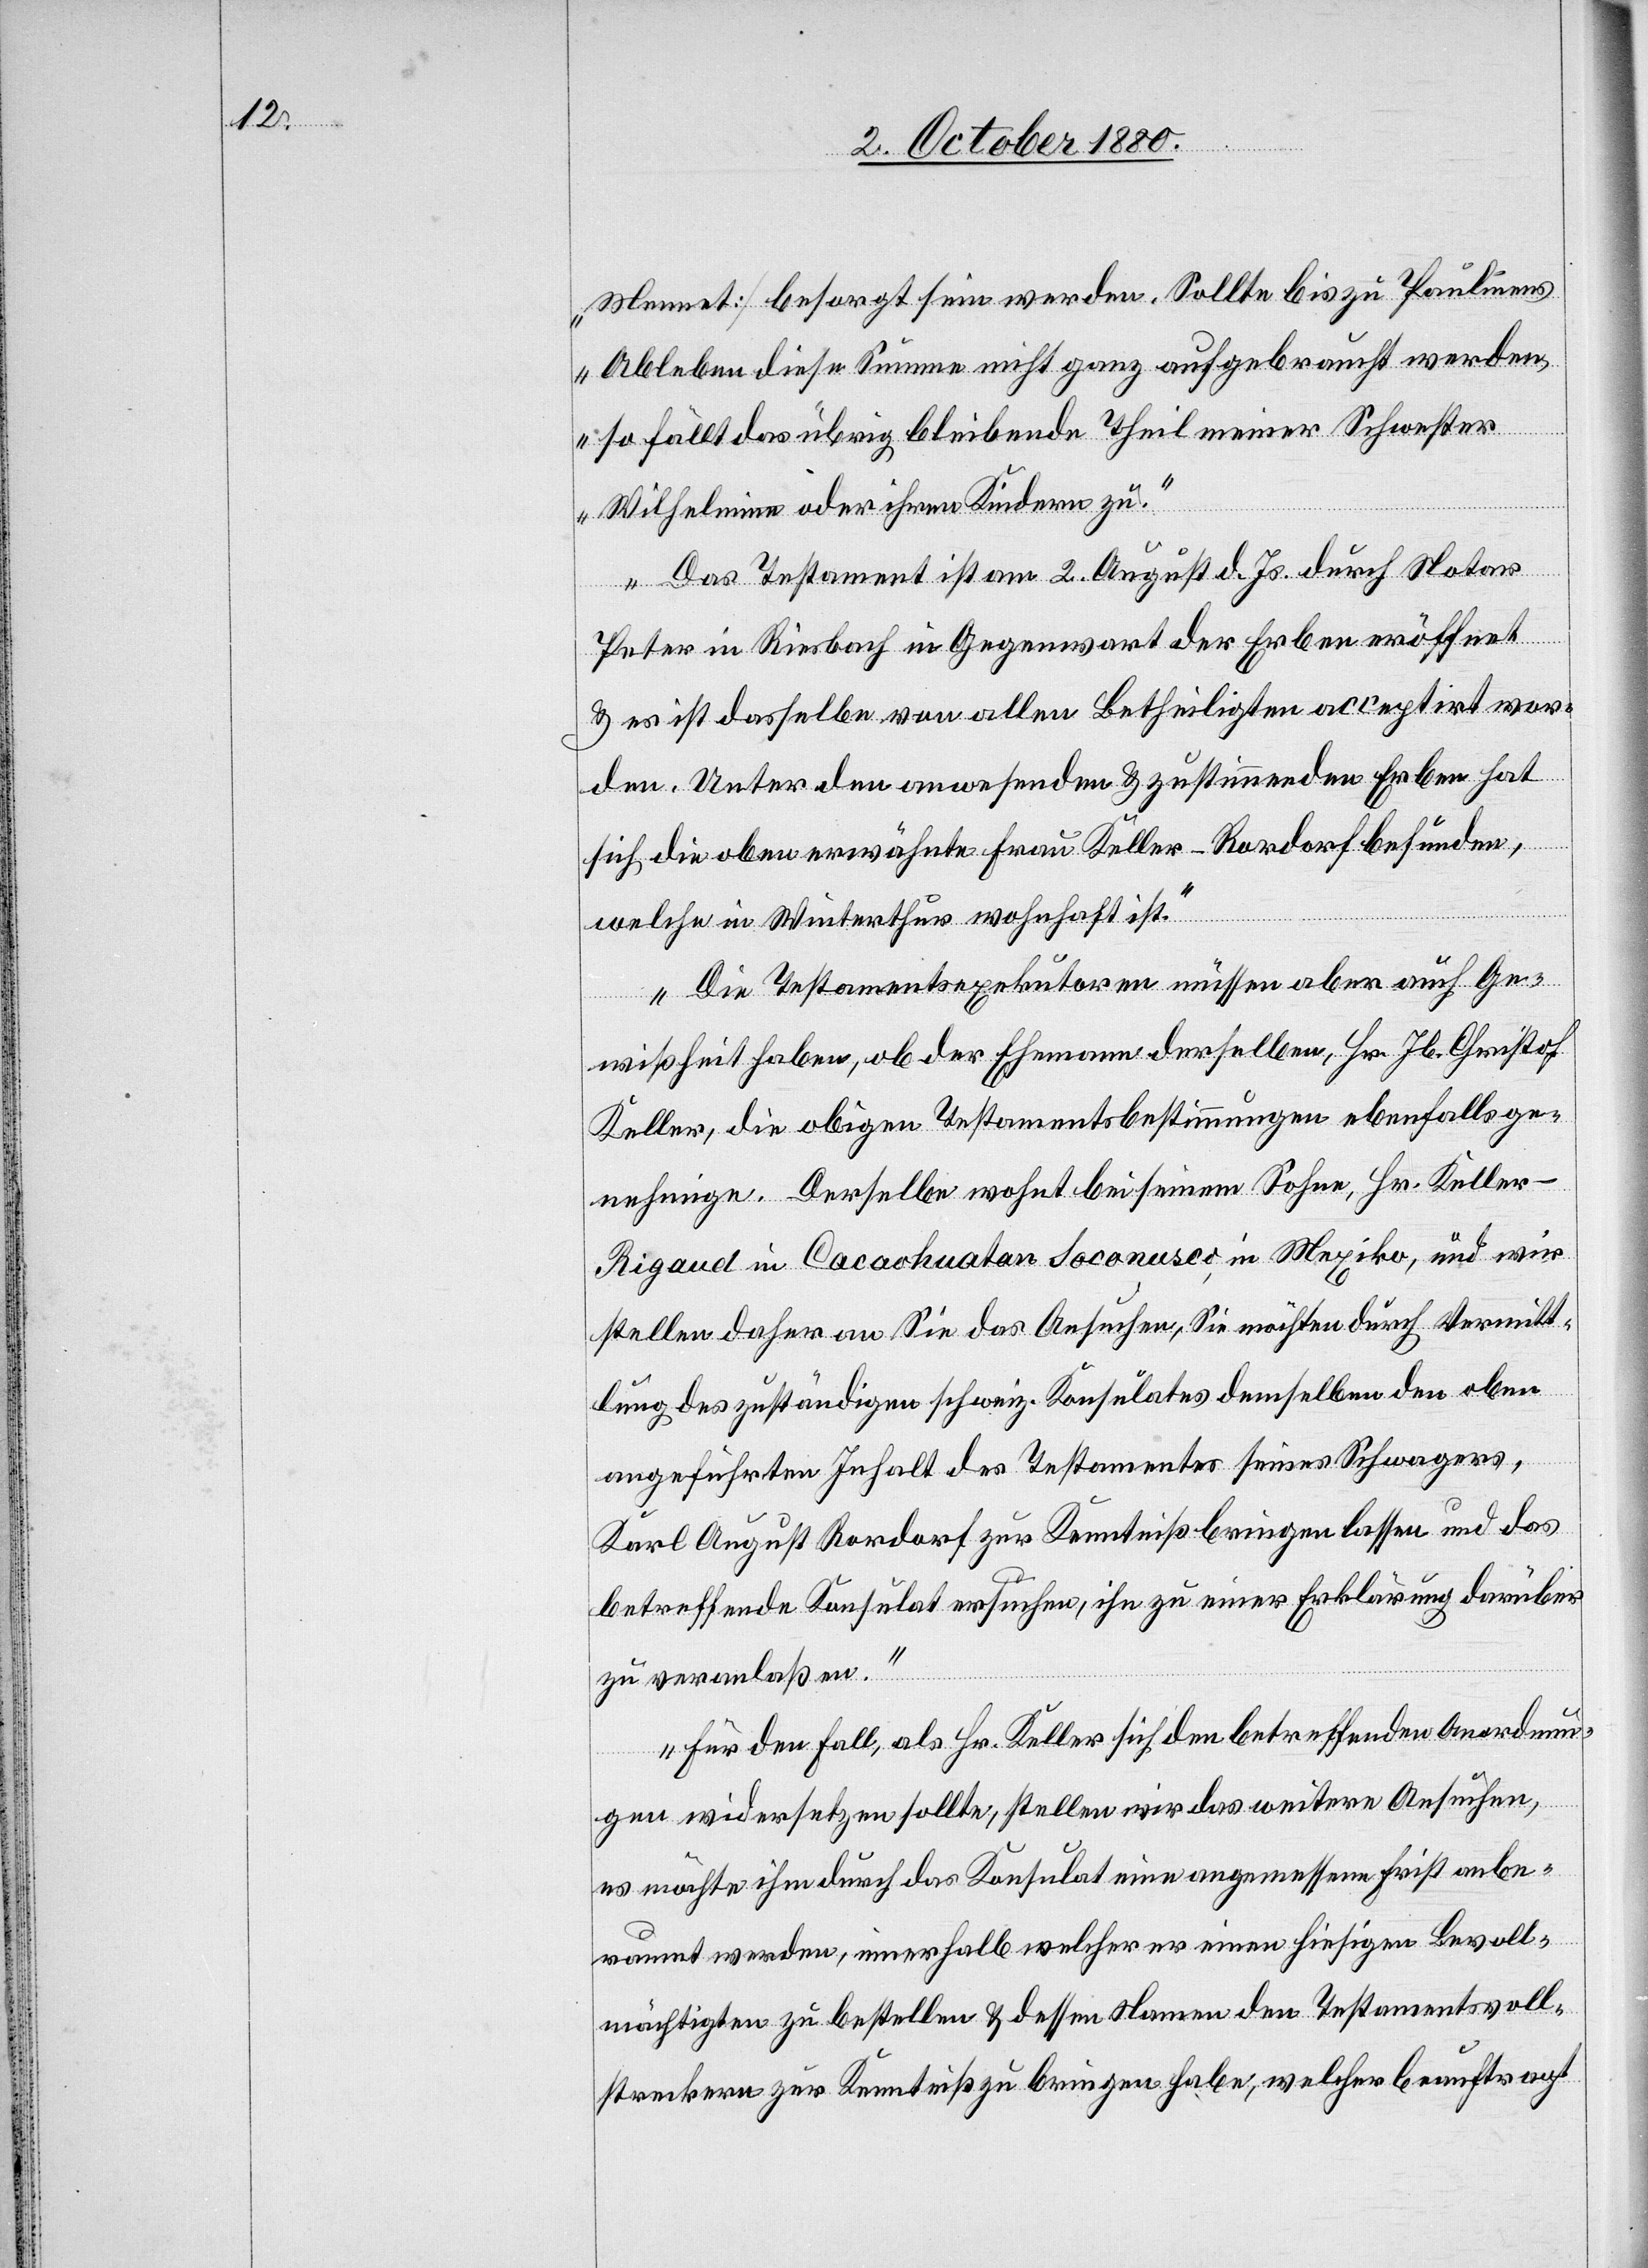
Mennet] besorgt sein werden. Sollte bis zu Paulinens
Ableben diese Summe nicht ganz aufgebraucht werden,
so fällt das übrig bleibende Theil meiner Schwester
Wilhelmine oder ihren Kindern zu.“
Das Testament ist am 2. August d. Js. durch Notar
Peter in Riesbach in Gegenwart der Erben eröffnet
& es ist dasselbe von allen Betheiligten acceptirt wor¬
den. unter den anwesenden & zustimmenden Erben hat
sich die oben erwähnte Frau Keller-Rordorf befunden,
welche in Winterthur wohnhaft ist.
Die Testamentsexekutoren müssen aber auch Ge¬
wißheit haben, ob der Ehemann derselben, Hr. Jb. Christof
Keller, die obigen Testamentsbestimmungen ebenfalls ge¬
nehmige. Derselbe wohnt bei seinem Sohne, Hr. Keller-R¬
igaud in Cacaohuatan Soconusco, in Mexiko, und wir
stellen daher an Sie das Ansuchen, Sie möchten durch Vermitt¬
lung des zuständigen schweiz. Konsulates demselben den oben¬
angeführten Inhalt des Testamentes seines Schwagers,
Karl August Rordorf zur Kenntniß bringen lassen und das
betreffende Konsulat ersuchen, ihn zu einer Erklärung darüber
zu veranlaßen.
Für den Fall, als Hr. Keller sich den betreffenden Anordnun¬
gen widersetzen sollte, stellen wir das weitere Ansuchen,
es möchte ihm durch das Konsulat eine angemessene Frist anbe¬
raumt werden, innerhalb welcher er einen hiesigen Bevoll¬
mächtigten zu bestellen & dessen Namen den Testamentsvoll¬
streckern zur Kenntniß zu bringen habe, welcher beauftragt